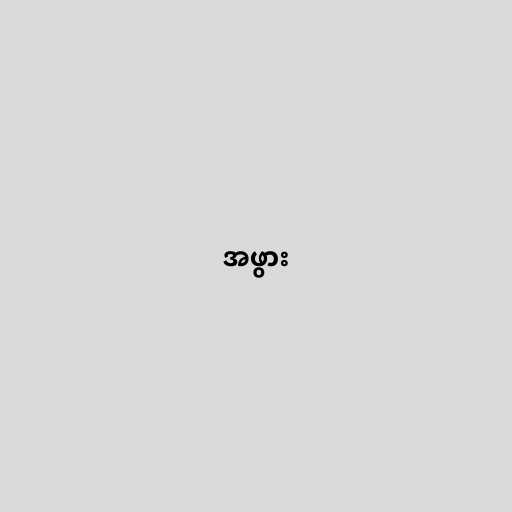
အဖွား